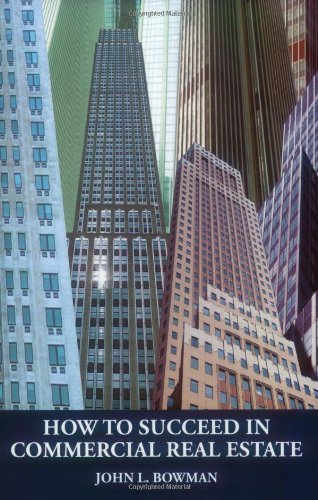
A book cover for How to Succeed in Commercial Real Estate; John L. Bowman; Business & Money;